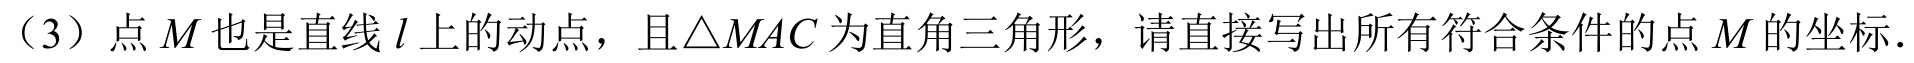
(3) 点\(M\)也是直线\(l\)上的动点，且\(\triangle MAC\)为直角三角形，请直接写出所有符合条件的点\(M\)的坐标.